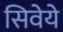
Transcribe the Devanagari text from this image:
सिवेये